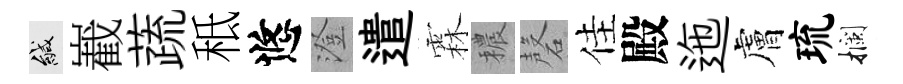
緘嶻蔬秪悠澄遣霖穠磬佳殿迤膚琉攔